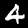
Label: 4